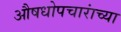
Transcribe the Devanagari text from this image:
औषधोपचारांच्या